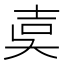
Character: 𡔢